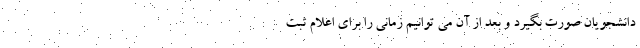
دانشجویان صورت بگیرد و بعد از آن می توانیم زمانی را برای اعلام ثبت